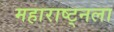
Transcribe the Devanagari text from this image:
महाराष्ट्नला